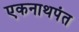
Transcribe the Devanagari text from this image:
एकनाथपंत